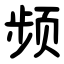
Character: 频